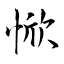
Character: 惞